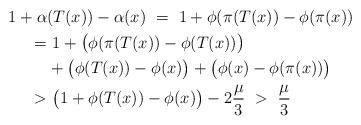
LaTeX: \begin{align*}1+\alpha &(T(x)) - \alpha (x) \ =\ 1 + \phi ( \pi (T(x))-\phi ( \pi (x))\\ =&\ 1+\big( \phi ( \pi (T(x))-\phi ( T (x))\big)\\&+ \big(\phi ( T (x)) -\phi (x) \big)+\big( \phi(x) -\phi ( \pi (x)) \big) \\ >& \ \big(1+\phi ( T (x)) -\phi (x) \big) -2\frac{\mu }{3} \ >\ \frac{\mu }{3}\end{align*}